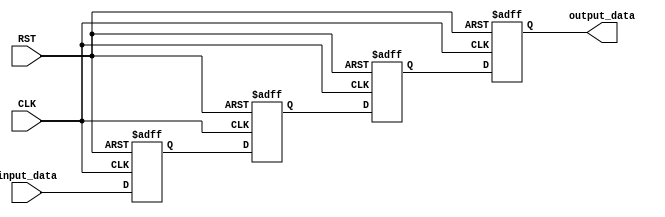
/***********************************************
Module Name:   DFF_link_4_for
Feature:       4 DFF Link with 'for' loop
Coder:         Garfield
Organization:  XXXX Group, Department of Architecture
------------------------------------------------------
Input ports:   CLK, 1 bit, clock
               RST, 1 bit, reset
               input_data, 1 bit, input data 
Output Ports:  output_data, 1 bit, delayed input data
------------------------------------------------------
History:
12-28-2015: First Version by Garfield
12-28-2015: First verified by DFF_Link_4_Combination_test
***********************************************/

module DFF_link_4_for
  ( 
    input CLK, input RST,
    input input_data,
 	  output output_data 
  );
  
//Load other module(s)

//Definition for Variables in the module
reg dff[3:0];
integer loop;

//Logical
assign output_data = dff[3];

always @(posedge CLK, negedge RST)
begin
    if (!RST)
    //Reset
    begin
       for (loop = 0; loop <= 3; loop = loop + 1)
       begin
       	dff[loop] <= 1'b0;
       end
    end
    else 
    begin
    	dff[0]<= input_data;
    	for (loop = 1; loop <= 3; loop = loop + 1)
       begin
       	dff[loop] <= dff[loop - 1];
       end
    end
end

endmodule